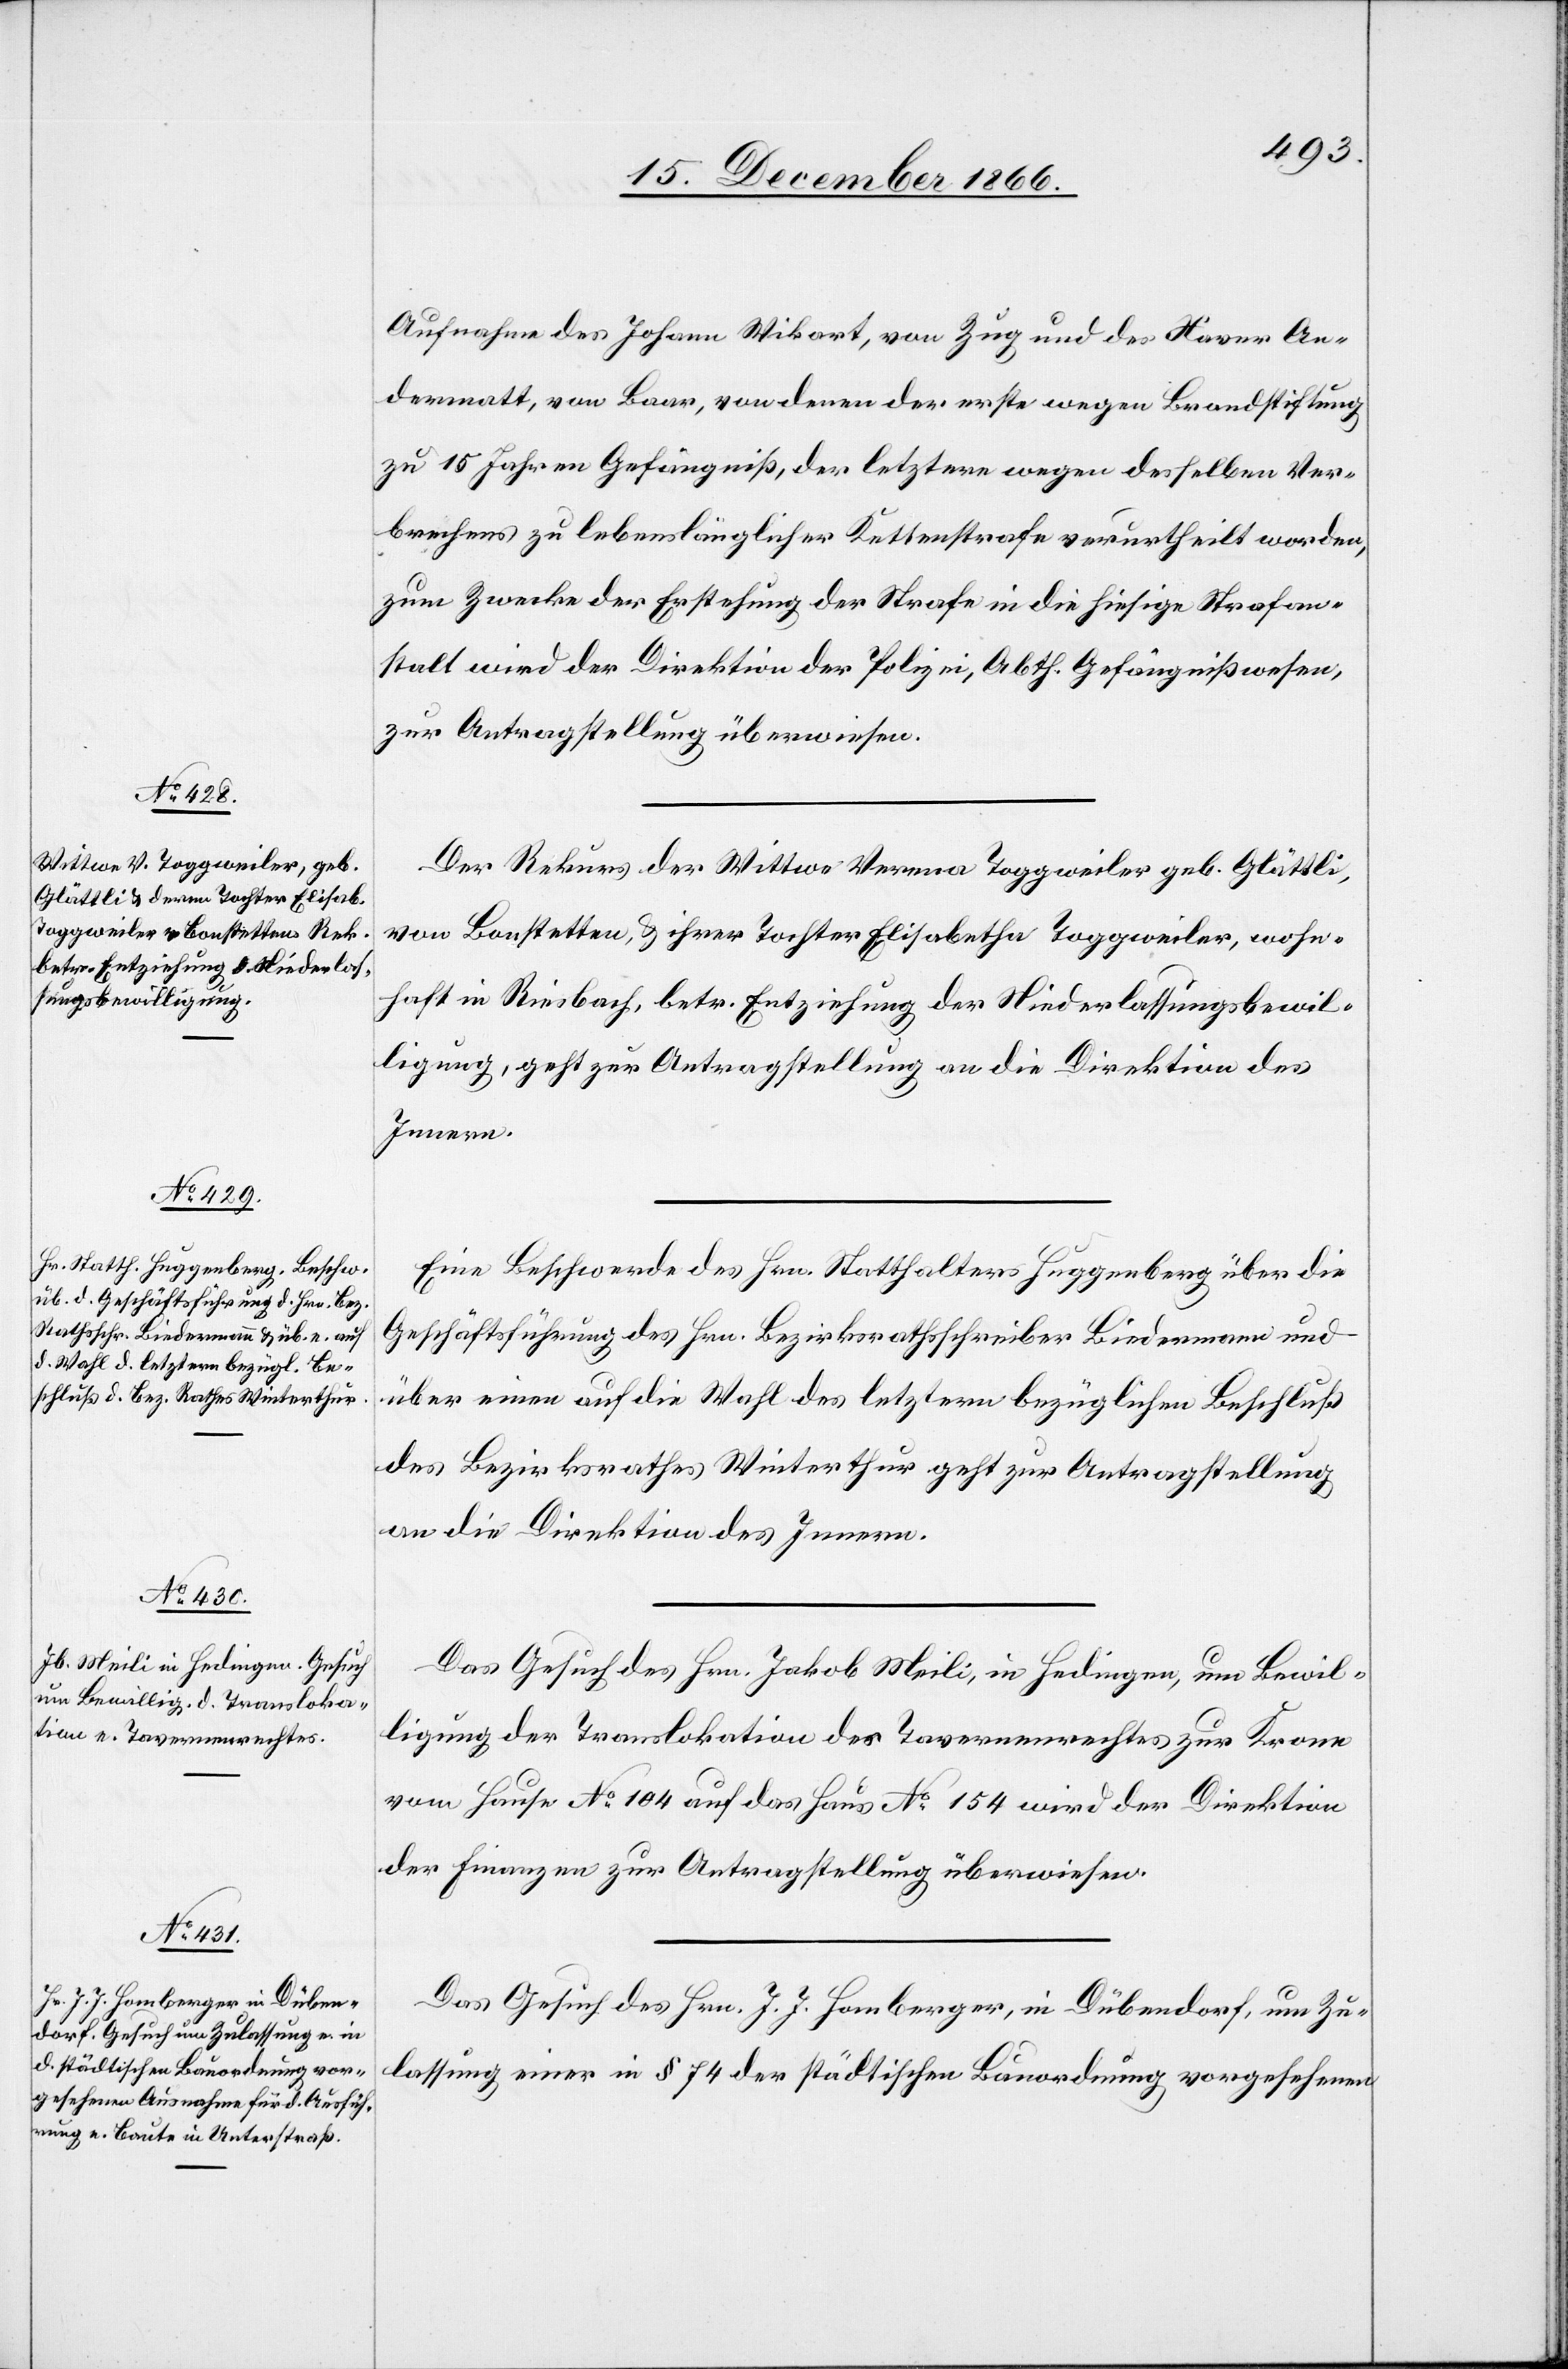
19. December 1866.]
Aufnahme des Johann Wikart, von Zug, und des Xaver An¬
dermatt, von Baar, von denen der erste wegen Brandstiftung
zu 15 Jahren Gefängniß, der letztere wegen desselben Ver¬
brechens zu lebenslänglicher Kettenstrafe verurtheilt worden,
zum Zwecke der Erstehung der Strafe in die hiesige Strafan¬
stalt wird der Direktion der Polizei, Abth. Gefängnißwesen,
zur Antragstellung überwiesen.
Der Rekurs der Wittwe Verena Toggweiler geb. Glättli,
von Bonstetten, u. ihrer Tochter Elisabetha Toggweiler, wohn¬
haft in Riesbach, betr. Entziehung der Niederlassungsbewil¬
ligung, geht zur Antragstellung an die Direktion des
Innern.
Eine Beschwerde des Hrn. Statthalters Huggenberg über die
Geschäftsführung des Hrn. Bezirksrathsschreiber Biedermann und
über einen auf die Wahl des letztern bezüglichen Beschluß
des Bezirksrathes Winterthur geht zur Antragstellung
an die Direktion des Innern.
Das Gesuch des Hrn. Jakob Meili, in Hedingen, um Bewil¬
ligung der Translokation des Tavernenrechtes zur Krone
vom Hause No. 104 auf das Haus No. 154 wird der Direktion
der Finanzen zur Antragstellung überwiesen.
Das Gesuch des Hrn. J. J. Homberger, in Dübendorf, um Zu¬
lassung einer in § 74 der städtischen Bauordnung vorgesehenen